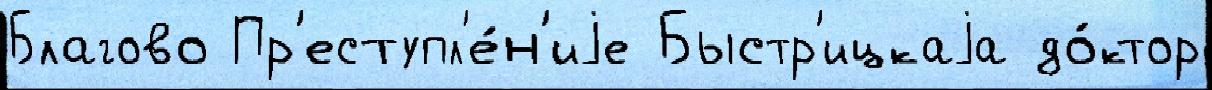
Благово Пр'еступл'е́н'иjе Быстр'ицкаjа до́ктор